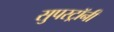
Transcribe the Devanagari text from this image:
सुपरट्रॉनी